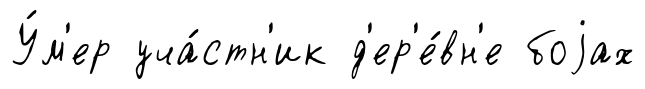
У́м'ер уча́стн'ик д'ер'е́вн'е боjах